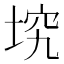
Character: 㙀